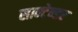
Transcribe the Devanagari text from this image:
सान्टेन्डर